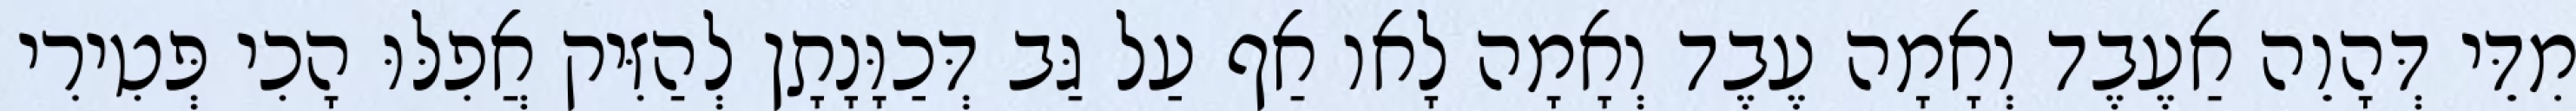
מִדֵּי דְּהָוֵה אַעֶבֶד וְאָמָה עֶבֶד וְאָמָה לָאו אַף עַל גַּב דְּכַוָּנָתָן לְהַזִּיק אֲפִלּוּ הָכִי פְּטִירִי